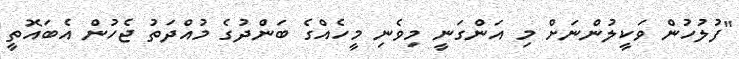
"ފުލުހުން ވަކީލުންނަށް މި އަންގަނީ މިވެނި މީހެއްގެ ބަންދުގެ މުއްދަތު ޖެހުން އެބައޮތީ